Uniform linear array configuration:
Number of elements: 4
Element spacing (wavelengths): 1
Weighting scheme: cosine
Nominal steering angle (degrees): -60
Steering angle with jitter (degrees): -60.663
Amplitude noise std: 0.05
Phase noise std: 0.05

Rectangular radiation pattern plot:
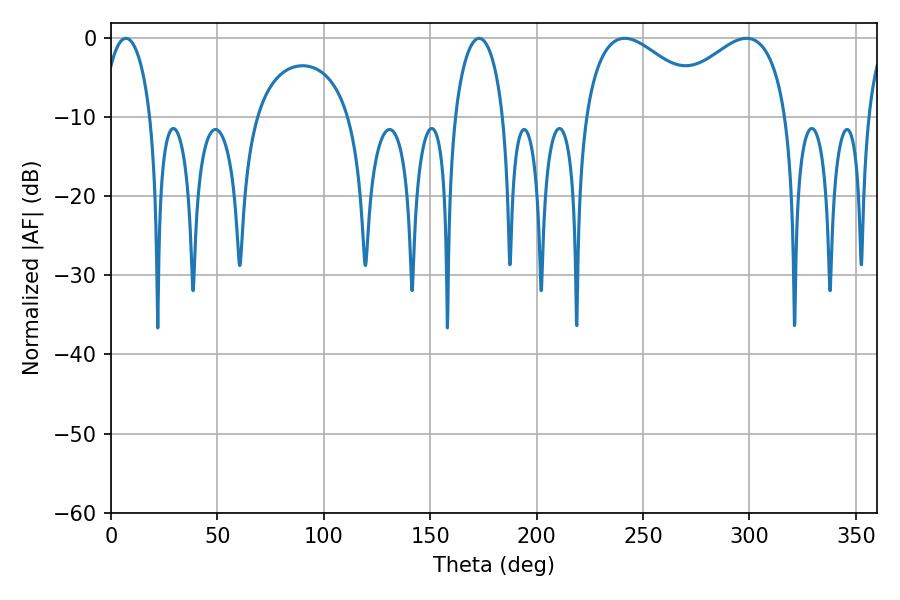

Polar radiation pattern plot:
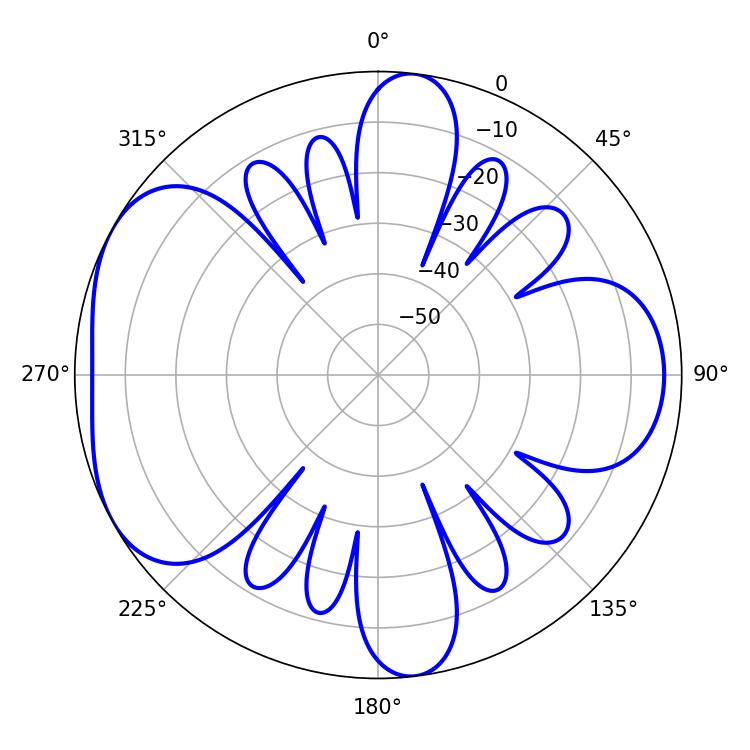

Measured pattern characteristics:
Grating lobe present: TRUE
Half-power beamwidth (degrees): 32.94
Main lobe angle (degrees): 241.38